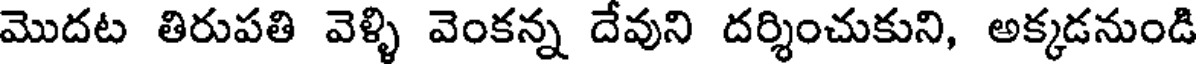
మొదట తిరుపతి వెళ్ళి వెంకన్న దేవుని దర్శించుకుని, అక్కడనుండి